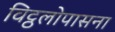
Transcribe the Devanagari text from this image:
विट्ठलोपासना